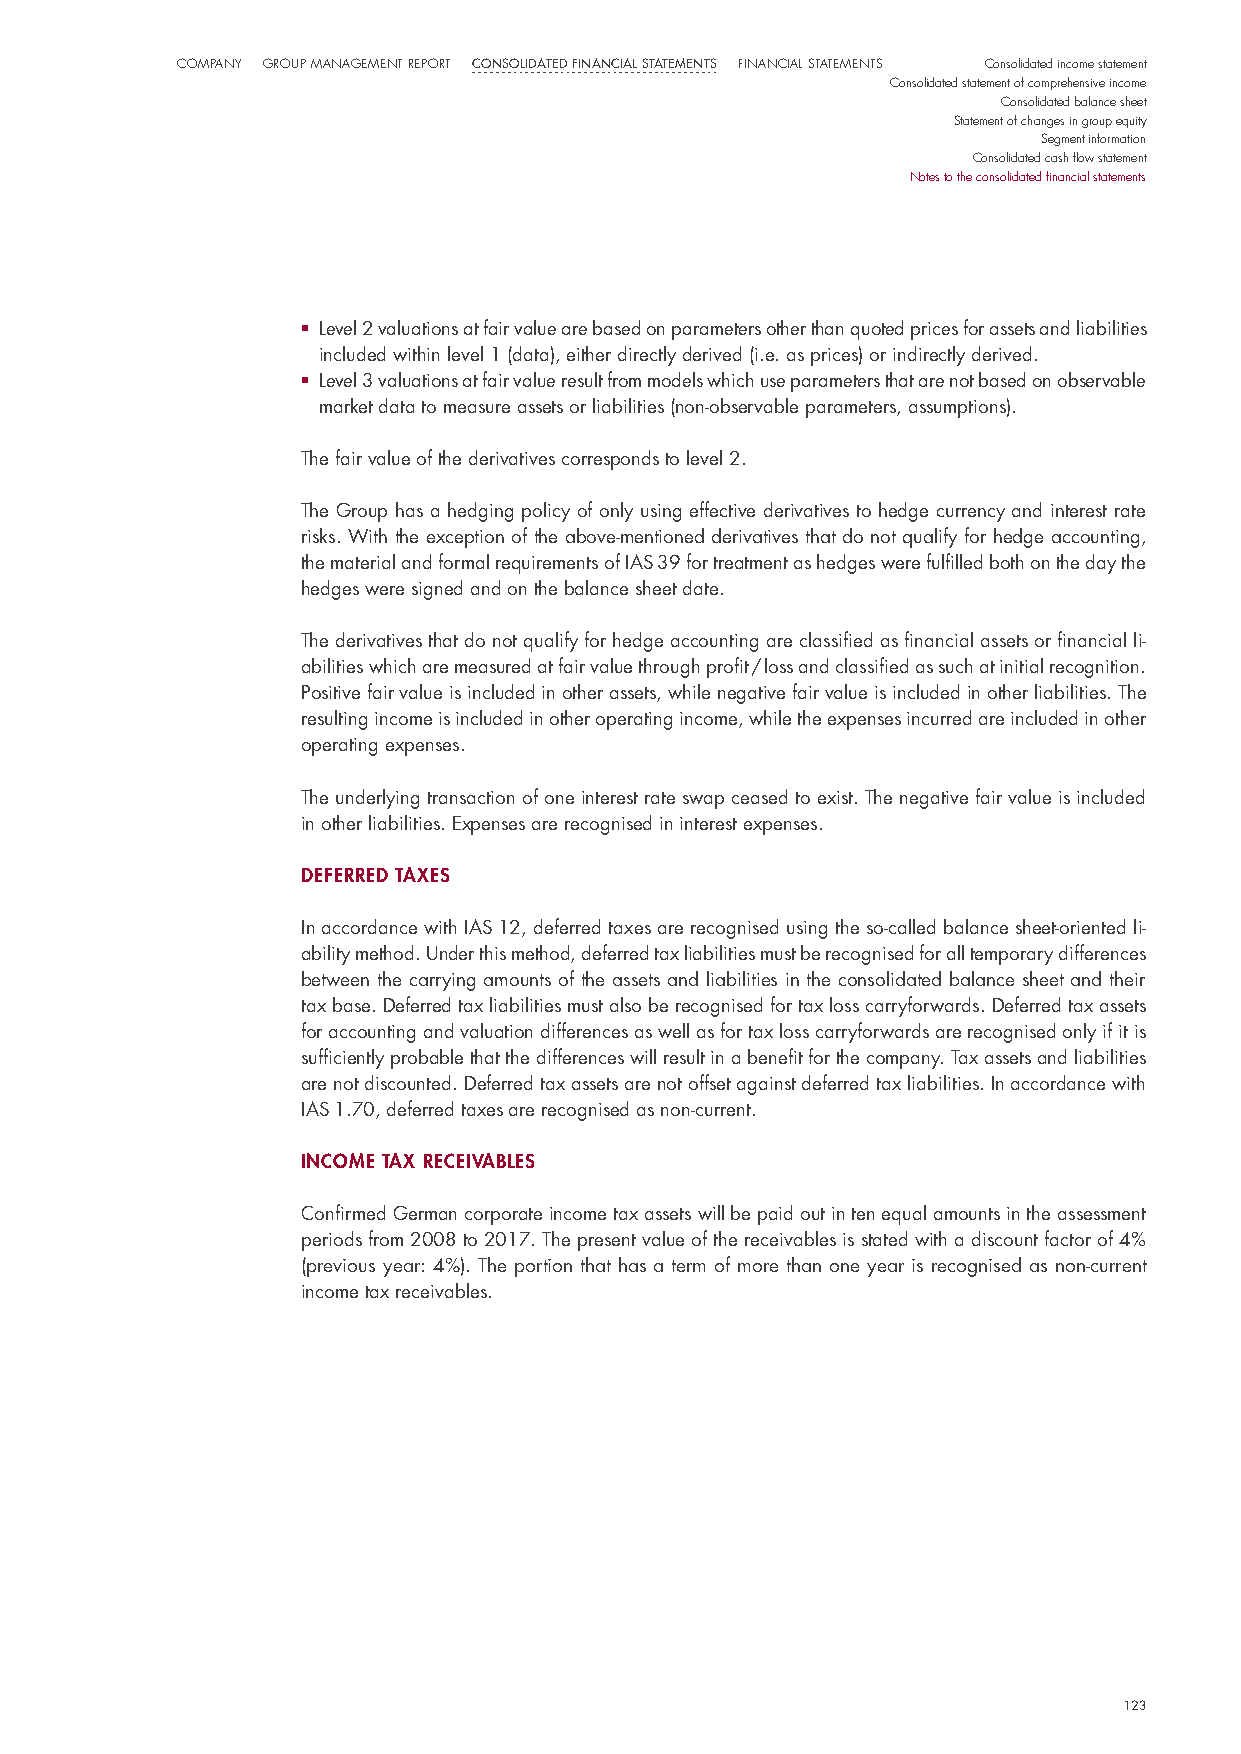
CompaNy Group maNaGemeNt report Consolidated finanCial statements FiNaNCial StatemeNtS Consolidated income statement
 Consolidated statement of comprehensive income
 Consolidated balance sheet
 Statement of changes in group equity
 Segment information
 Consolidated cash flow statement
 Notes to the consolidated financial statements
 ■ l evel 2 valuations at fair value are based on parameters other than quoted prices for assets and liabilities
 included within level 1 (data), either directly derived (i.e. as prices) or indirectly derived.
 ■ level 3 valuations at fair value result from models which use parameters that are not based on ob servable
 market data to measure assets or liabilities (non-observable parameters, assumptions).
 The fair value of the derivatives corresponds to level 2.
 The Group has a hedging policy of only using effective derivatives to hedge currency and interest rate
 risks. With the exception of the above-mentioned derivatives that do not qualify for hedge accounting,
 the material and formal requirements of iAs 39 for treatment as hedges were fulfilled both on the day the
 hedges were signed and on the balance sheet date.
 The derivatives that do not qualify for hedge accounting are classified as financial assets or financial li-
 abilities which are measured at fair value through profit / loss and classified as such at initial recognition.
 positive fair value is included in other assets, while negative fair value is included in other liabilities. The
 resulting income is included in other operating income, while the expenses incurred are included in other
 operating expenses.
 The underlying transaction of one interest rate swap ceased to exist. The negative fair value is included
 in other liabilities. expenses are recognised in interest expenses.
 deferred taxes
 in accordance with iAs 12, deferred taxes are recognised using the so-called balance sheet-oriented li-
 ability method. under this method, deferred tax liabilities must be recognised for all temporary differences
 between the carrying amounts of the assets and liabilities in the consolidated balance sheet and their
 tax base. deferred tax liabilities must also be recognised for tax loss carryforwards. deferred tax assets
 for accounting and valuation differences as well as for tax loss carryforwards are recognised only if it is
 sufficiently probable that the differences will result in a benefit for the company. Tax assets and liabilities
 are not discounted. deferred tax assets are not offset against deferred tax liabilities. in accordance with
 iAs 1.70, deferred taxes are recognised as non-current.
 Income tax receIvaBles
 Confirmed German corporate income tax assets will be paid out in ten equal amounts in the assessment
 periods from 2008 to 2017. The present value of the receivables is stated with a discount factor of 4%
 (previous year: 4%). The portion that has a term of more than one year is recognised as non-current
 income tax receivables.
 123